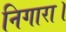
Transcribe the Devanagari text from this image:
निगारा।